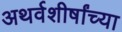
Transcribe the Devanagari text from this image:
अथर्वशीर्षांच्या